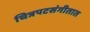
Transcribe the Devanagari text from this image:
चित्रपटसंगीतात